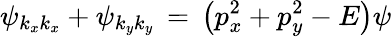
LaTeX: \psi_{k_{x}k_{x}}+\psi_{k_{y}k_{y}}\, =\, \left(p_{x}^{2}+p_{y}^{2}-E\right)\psi